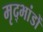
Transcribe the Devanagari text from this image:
मृद्भांडों